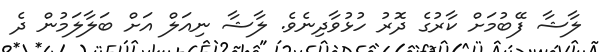
ލާޝާ ފޭބުމަށް ކާރުގެ ދޮރު ހުޅުވާދިނެވެ. ލާޝާ ނިއަލް އަށް ބަލާލަމުން ދެ